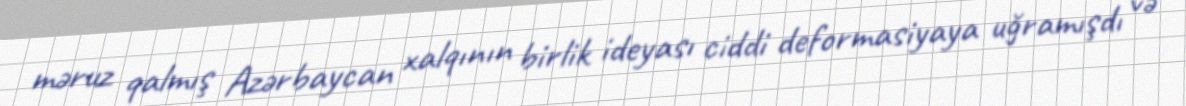
məruz qalmış Azərbaycan xalqının birlik ideyası ciddi deformasiyaya uğramışdı və